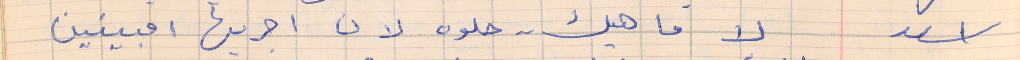
اسعد         لا ما هيك . . حلوه لان اجريها امبينين